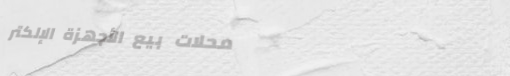
محلات بيع الأجهزة الإلكتر